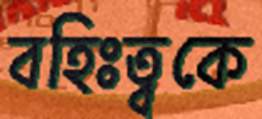
বহিঃত্বকে